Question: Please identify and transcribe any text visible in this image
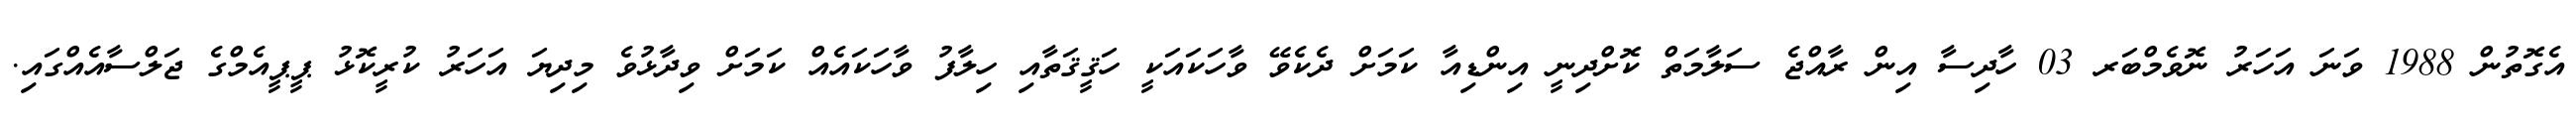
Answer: އެގޮތުން 1988 ވަނަ އަހަރު ނޮވެމްބަރ 03 ހާދިސާ އިން ރާއްޖެ ސަލާމަތް ކޮށްދިނީ އިންޑިއާ ކަމަށް ދެކެވޭ ވާހަކައަކީ ހަޤީޤަތާއި ހިލާފު ވާހަކައެއް ކަމަށް ވިދާޅުވެ މިދިޔަ އަހަރު ކުރީކޮޅު ޕީޕީއެމްގެ ޖަލްސާއެއްގައި.